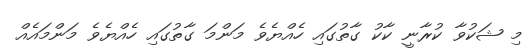
މި ޝަކުވާ ކުރާނީ ކާކު ގާތުގައި ހެއްޔެވެ މަންމަ ގާތުގައި ހެއްޔެވެ މަންމައެއް